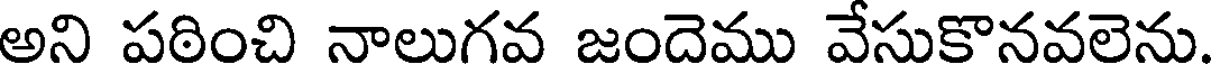
అని పఠించి నాలుగవ జందెము వేసుకొనవలెను